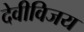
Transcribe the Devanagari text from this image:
देवीविजय